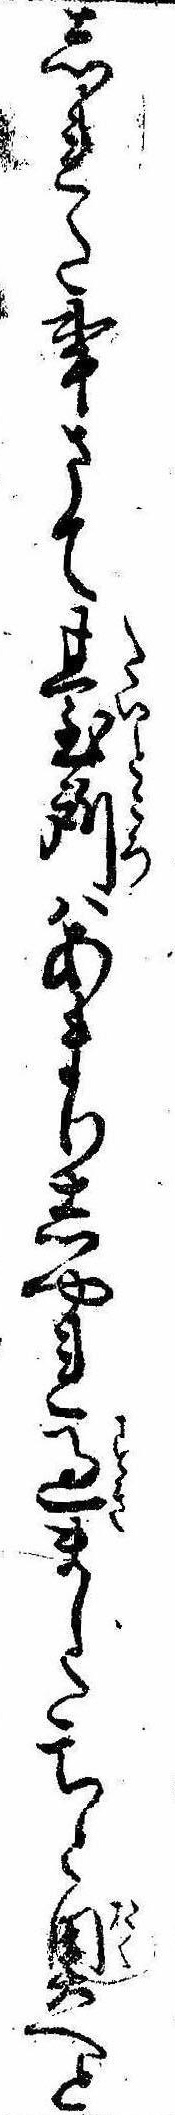
しれた事さて台所はあまりしやれ過ましたちと奥へと